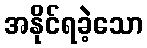
အနိုင်ရခဲ့သော